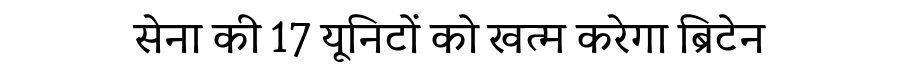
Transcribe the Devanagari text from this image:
सेना की 17 यूनिटों को खत्म करेगा ब्रिटेन